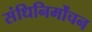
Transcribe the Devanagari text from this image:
संधिनिर्मोंचन